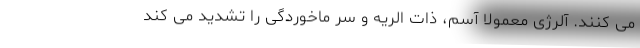
می کنند. آلرژی معمولا آسم، ذات الریه و سر ماخوردگی را تشدید می کند